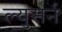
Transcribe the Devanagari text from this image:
ल्युसर्न